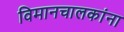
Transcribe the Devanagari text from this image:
विमानचालकांना